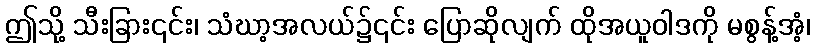
ဤသို့ သီးခြား၎င်း၊ သံဃာ့အလယ်၌၎င်း ပြောဆိုလျက် ထိုအယူဝါဒကို မစွန့်အံ့၊